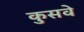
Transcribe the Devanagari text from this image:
कुसवे